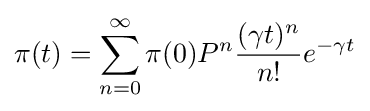
\pi (t)=\sum _{n=0}^{\infty }\pi (0)P^{n}{\frac {(\gamma t)^{n}}{n!}}e^{-\gamma t}